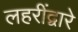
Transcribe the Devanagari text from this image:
लहरींद्वारे